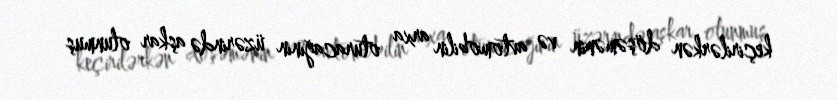
keçirilərkən döşəmənin və avtomobilin arxa oturacağının üzərində aşkar olunmuş